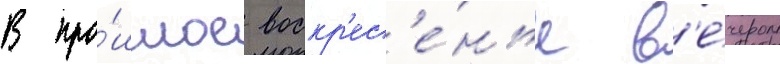
В про́шлое воскр'ес'е́нье в'е́чером